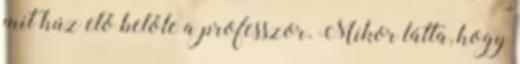
mit húz elő belőle a professzor. Mikor látta, hogy